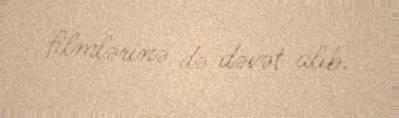
filmlərinə də dəvət alıb.